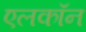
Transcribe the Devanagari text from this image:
एलकॉन